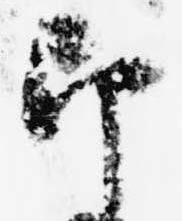
即